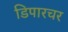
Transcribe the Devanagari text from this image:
डिपारचर